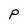
Character: p